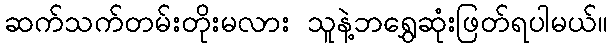
ဆက်သက်တမ်းတိုးမလား သူနဲ့ဘရွှေဆုံးဖြတ်ရပါမယ်။